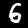
Label: 6